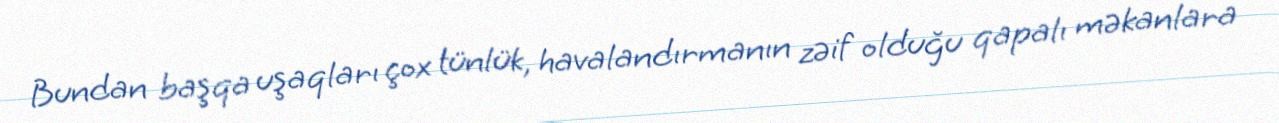
Bundan başqa uşaqları çox tünlük, havalandırmanın zəif olduğu qapalı məkanlara